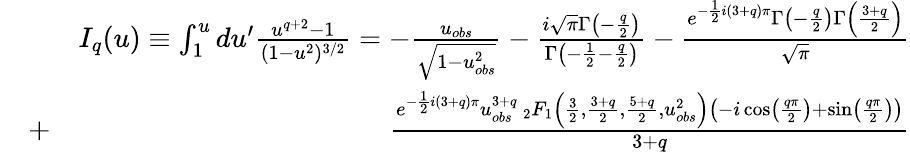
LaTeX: \begin{array}{rlr}&{}&{I_{q}(u)\equiv\int_{1}^{u}du^{\prime}\frac{u^{q+2}-1}{(1-u^{2})^{3/2}}=-\frac{u_{obs}}{\sqrt{1-{u_{obs}^{2}}}}-\frac{i\sqrt{\pi}\Gamma\left(-\frac{q}{2}\right)}{\Gamma\left(-\frac{1}{2}-\frac{q}{2}\right)}-\frac{e^{-\frac{1}{2}i(3+q)\pi}\Gamma\left(-\frac{q}{2}\right)\Gamma\left(\frac{3+q}{2}\right)}{\sqrt{\pi}}}\\ &{+}&{\frac{e^{-\frac{1}{2}i(3+q)\pi}u_{obs}^{3+q}\ _{2}F_{1}\left(\frac{3}{2},\frac{3+q}{2},\frac{5+q}{2},u_{obs}^{2}\right)\left(-i\cos\left(\frac{q\pi}{2}\right)+\sin\left(\frac{q\pi}{2}\right)\right)}{3+q}}\end{array}